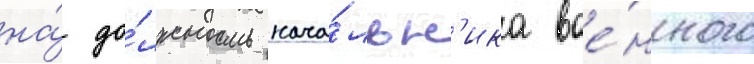
на́ до́лжность нача́льн'ика вое́нного